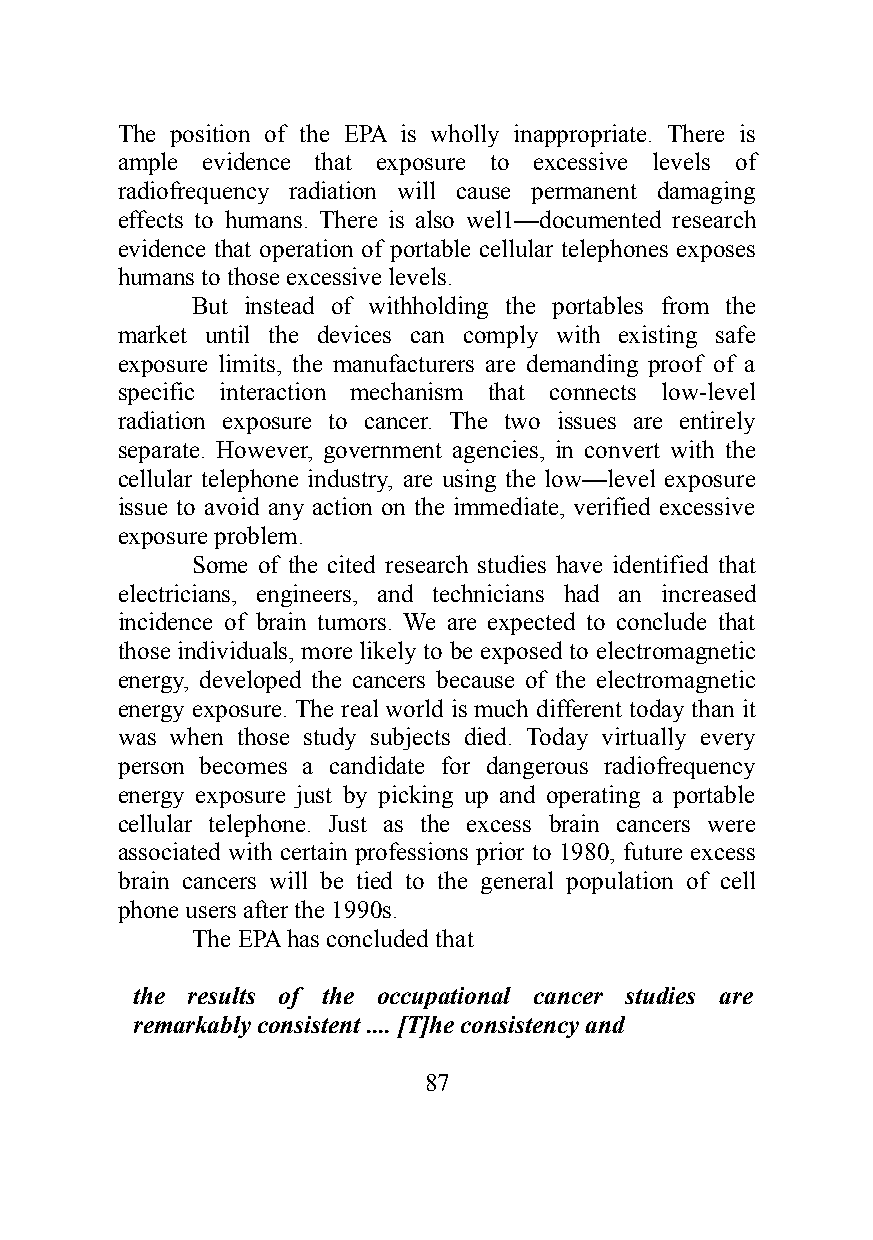
The position of the EPA is wholly inappropriate. There is
 ample evidence that exposure to excessive levels of
 radiofrequency radiation will cause permanent damaging
 effects to humans. There is also wel1—documented research
 evidence that operation of portable cellular telephones exposes
 humans to those excessive levels.
 But instead of withholding the portables from the
 market until the devices can comply with existing safe
 exposure limits, the manufacturers are demanding proof of a
 specific interaction mechanism that connects low-level
 radiation exposure to cancer. The two issues are entirely
 separate. However, government agencies, in convert with the
 cellular telephone industry, are using the low—level exposure
 issue to avoid any action on the immediate, verified excessive
 exposure problem.
 Some of the cited research studies have identified that
 electricians, engineers, and technicians had an increased
 incidence of brain tumors. We are expected to conclude that
 those individuals, more likely to be exposed to electromagnetic
 energy, developed the cancers because of the electromagnetic
 energy exposure. The real world is much different today than it
 was when those study subjects died. Today virtually every
 person becomes a candidate for dangerous radiofrequency
 energy exposure just by picking up and operating a portable
 cellular telephone. Just as the excess brain cancers were
 associated with certain professions prior to 1980, future excess
 brain cancers will be tied to the general population of cell
 phone users after the 1990s.
 The EPA has concluded that
 the results of the occupational cancer studies are
 remarkably consistent .... [T]he consistency and
 87